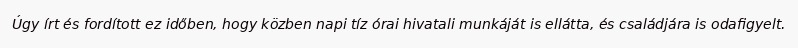
Úgy írt és fordított ez időben, hogy közben napi tíz órai hivatali munkáját is ellátta, és családjára is odafigyelt.